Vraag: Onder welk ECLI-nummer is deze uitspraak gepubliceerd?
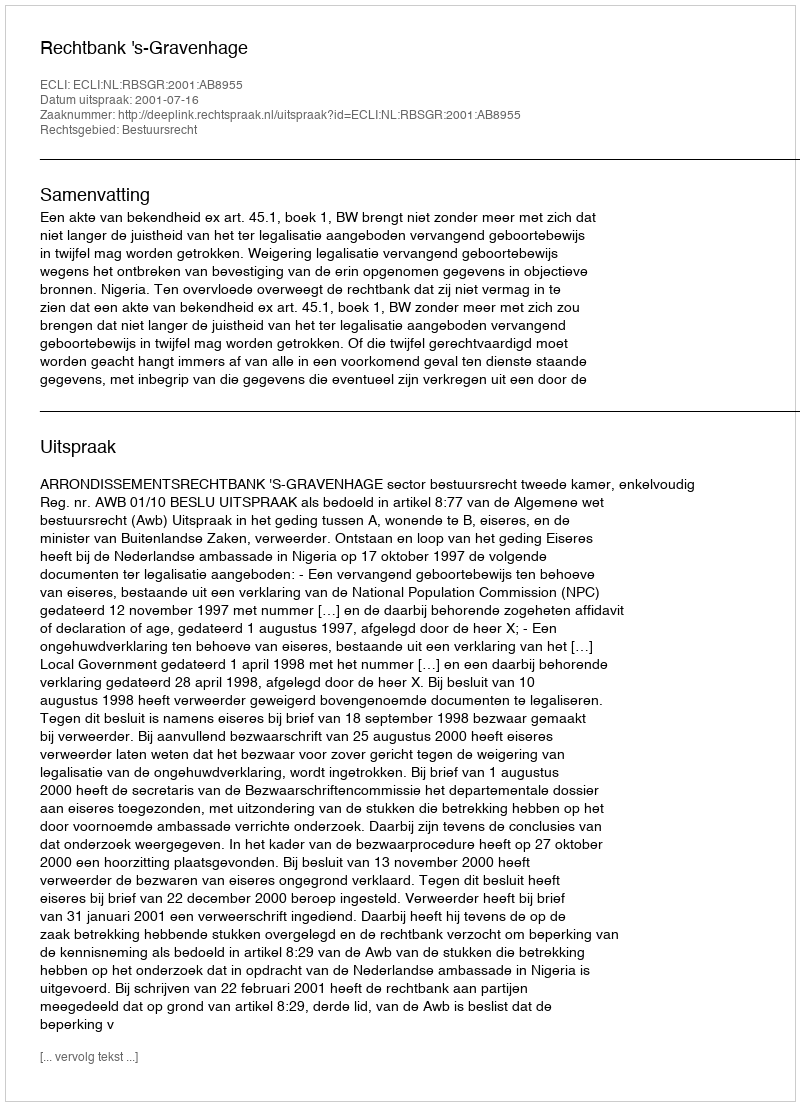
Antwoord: ECLI:NL:RBSGR:2001:AB8955